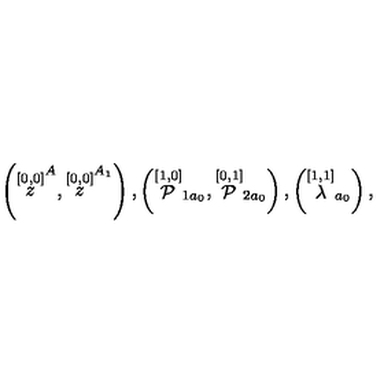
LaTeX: \left( \stackrel { [ 0 , 0 ] } { z } ^ { A } , \stackrel { [ 0 , 0 ] } { z } ^ { A _ { 1 } } \right) , \left( \stackrel { [ 1 , 0 ] } { \cal P } _ { 1 a _ { 0 } } , \stackrel { [ 0 , 1 ] } { \cal P } _ { 2 a _ { 0 } } \right) , \left( \stackrel { [ 1 , 1 ] } { \lambda } _ { a _ { 0 } } \right) ,